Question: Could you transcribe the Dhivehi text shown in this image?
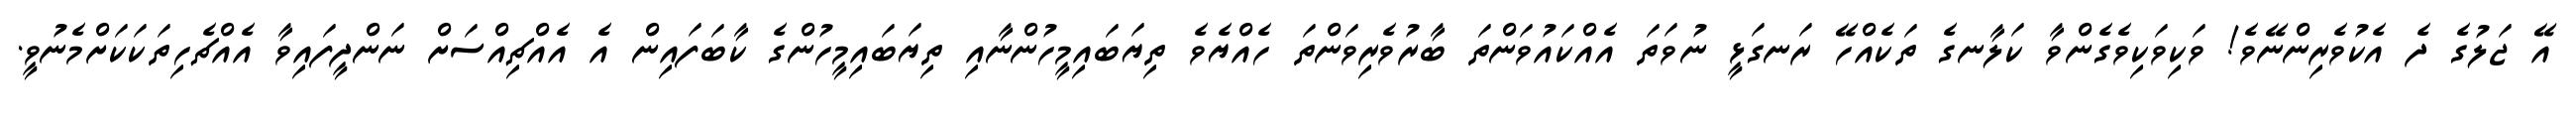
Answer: އޭ ޖަލުގެ ދެ އެކުވެރިންނޭވެ! ވަކިވަކިވެގެންވާ ކަލާނގެ ތަކެއްހޭ ރަނގަޅީ ނުވަތަ އެއްކައުވަންތަ ބާރުވެރިވަންތަ ހެއްޔެވެ ތިޔަބައިމީހުންނާއި ތިޔަބައިމީހުންގެ ކާބަފައިން އެ އެއްޗިއްސަށް ނަންދީފައިވާ އެއްޗެހިތަކަކަށްމެނުވީ.